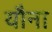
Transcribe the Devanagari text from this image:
यौना